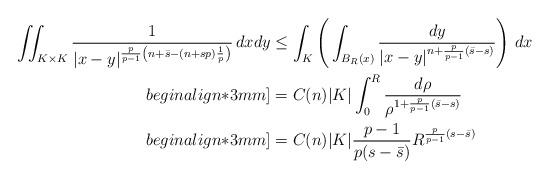
LaTeX: \begin{align*}\iint_{K \times K}\dfrac{1}{|x-y|^{\frac{p}{p-1}\left(n+\bar{s}-(n+sp)\frac{1}{p}\right)}}\,dxdy &\leq \int_K \left(\,\int_{B_R(x)} \dfrac{dy}{|x-y|^{n+\frac{p}{p-1}(\bar{s}-s)}} \right)\,dx \\begin{align*}3mm]&=C(n)|K|\int_0^R\dfrac{d \rho}{\rho^{1+\frac{p}{p-1}(\bar{s}-s)}} \\begin{align*}3mm]&=C(n)|K|\dfrac{p-1}{p(s-\bar{s})}R^{\frac{p}{p-1}(s-\bar{s})}\end{align*}